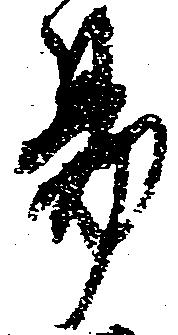
易